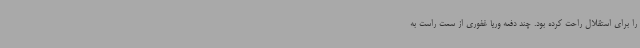
را برای استقلال راحت کرده بود. چند دفعه وریا غفوری از سمت راست به